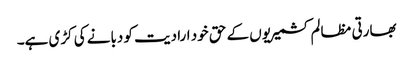
بھارتی مظالم کشمیریوں کے حق خود ارادیت کو دبانے کی کڑی ہے۔